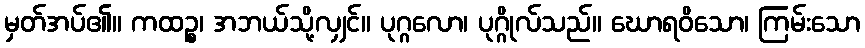
မှတ်အပ်၏။ ကထဉ္စ၊ အဘယ်သို့လျှင်။ ပုဂ္ဂလော၊ ပုဂ္ဂိုလ်သည်။ ဃောရဝိသော၊ ကြမ်းသော